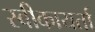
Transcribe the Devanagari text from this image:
स्वीकायर्ता